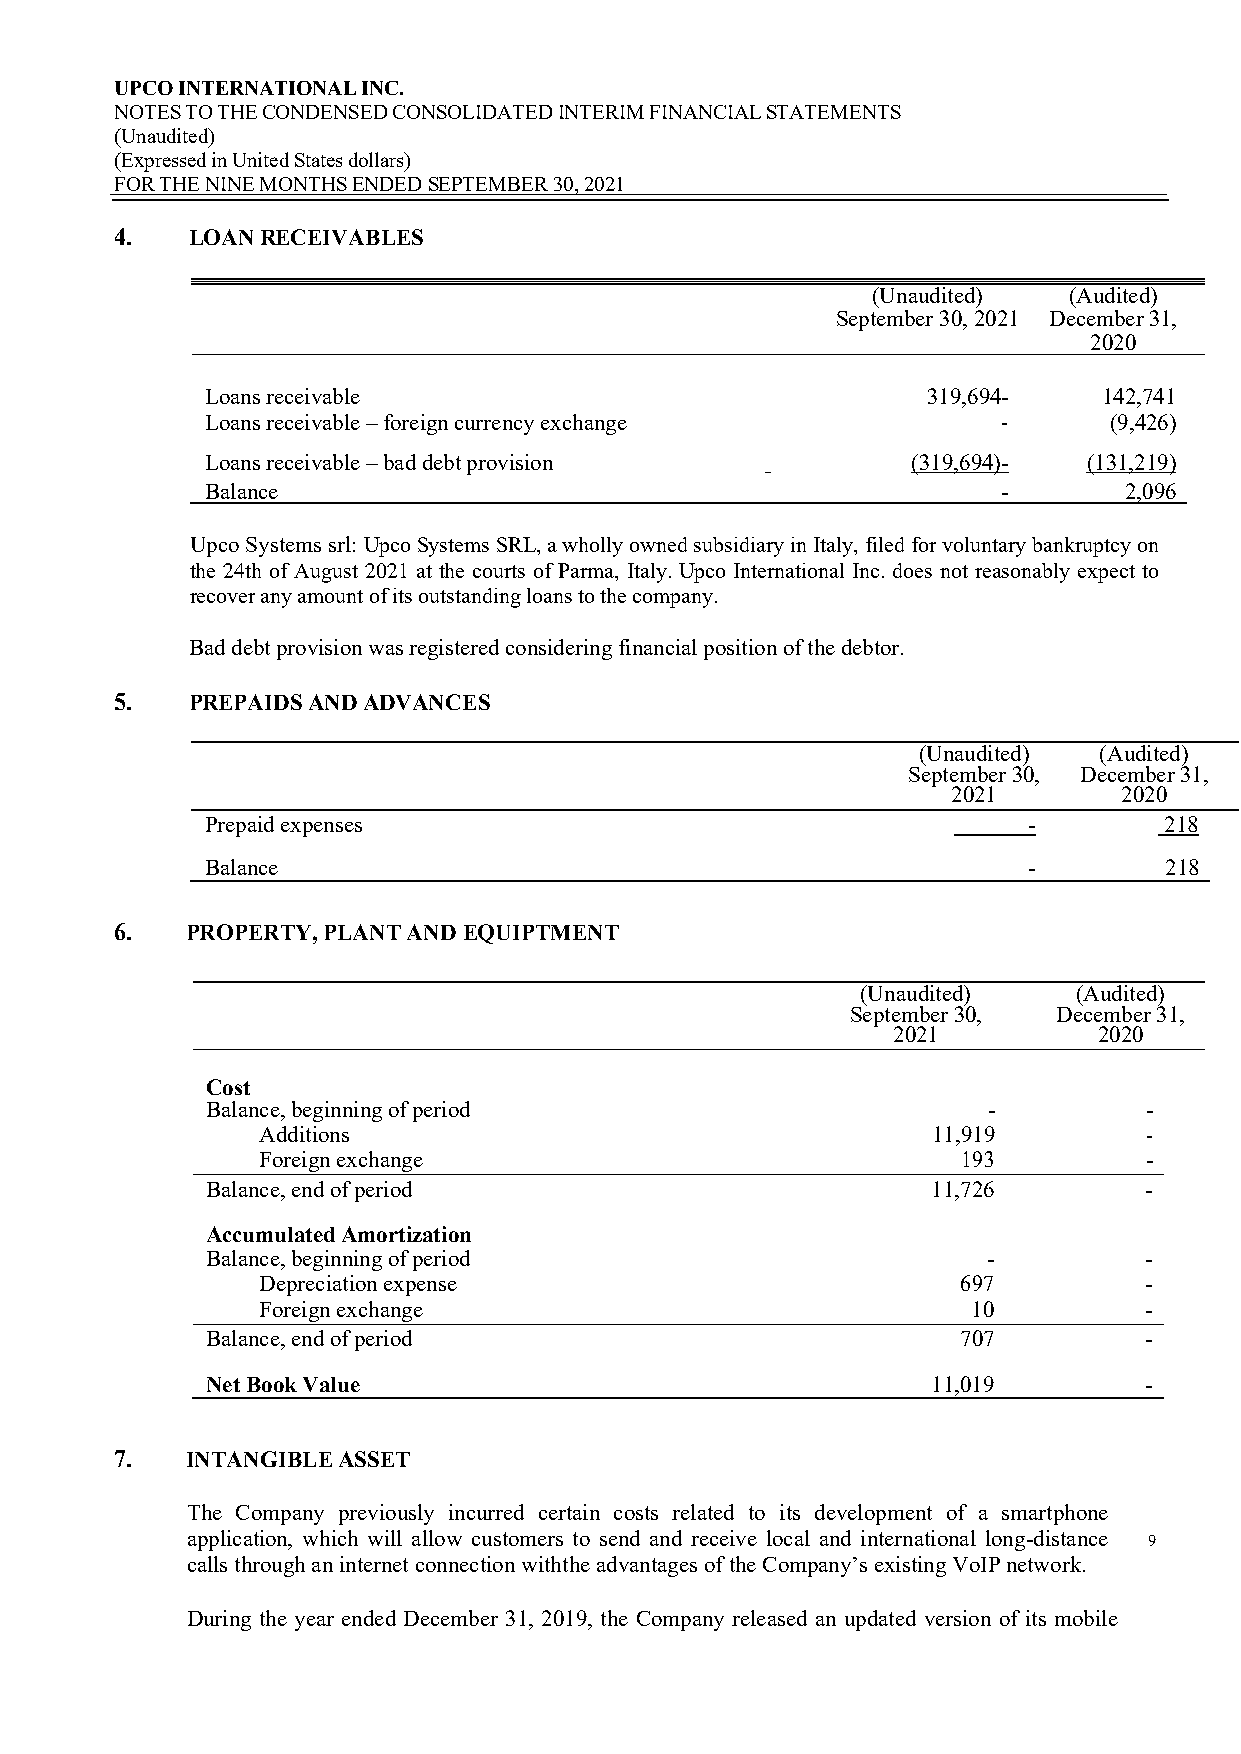
UPCO INTERNATIONAL INC.
 NOTES TO THE CONDENSED CONSOLIDATED INTERIM FINANCIAL STATEMENTS
 (Unaudited)
 (Expressed in United States dollars)
 FOR THE NINE MONTHS ENDED SEPTEMBER 30, 2021
 4.  LOAN RECEIVABLES
 (Unaudited)  (Audited)
 September 30, 2021 December 31,
 2020
 Loans receivable                               319,694-    142,741
 Loans receivable – foreign currency exchange        -      (9,426)
 Loans receivable – bad debt provision         (319,694)-  (131,219)
 Balance                                             -       2,096
 Upco Systems srl: Upco Systems SRL, a wholly owned subsidiary in Italy, filed for voluntary bankruptcy on
 the 24th of August 2021 at the courts of Parma, Italy. Upco International Inc. does not reasonably expect to
 recover any amount of its outstanding loans to the company.
 Bad debt provision was registered considering financial position of the debtor.
 5.  PREPAIDS AND ADVANCES
 (Unaudited) (Audited)
 September 30, December 31,
 2021       2020
 Prepaid expenses                                      -        218
 Balance                                               -        218
 6.  PROPERTY, PLANT AND EQUIPTMENT
 (Unaudited)   (Audited)
 September 30, December 31,
 2021          2020
 Cost
 Balance, beginning of period                       -          -
 Additions                                    11,919        -
 Foreign exchange                               193         -
 Balance, end of period                          11,726        -
 Accumulated Amortization
 Balance, beginning of period                       -          -
 Depreciation expense                           697         -
 Foreign exchange                               10          -
 Balance, end of period                            707         -
 Net Book Value                                  11,019        -
 7.  INTANGIBLE ASSET
 The Company previously incurred certain costs related to its development of a smartphone
 application, which will allow customers to send and receive local and international long-distance 9
 calls through an internet connection with the advantages of the Company’s existing VoIP network.
 During the year ended December 31, 2019, the Company released an updated version of its mobile